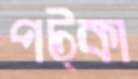
পট্কা